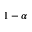
1 - \alpha